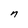
Character: n